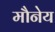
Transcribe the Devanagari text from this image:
मौनेय